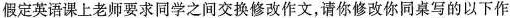
假定英语课上老师要求同学之间交换修改作文,请你修改你同桌写的以下作